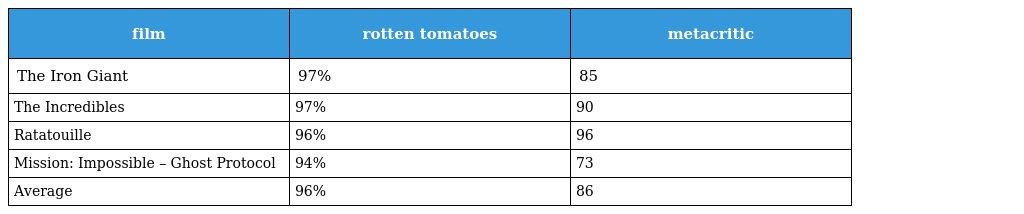
| film | rotten tomatoes | metacritic |
 | --- | --- | --- |
 | The Iron Giant | 97% | 85 |
 | The Incredibles | 97% | 90 |
 | Ratatouille | 96% | 96 |
 | Mission: Impossible – Ghost Protocol | 94% | 73 |
 | Average | 96% | 86 |